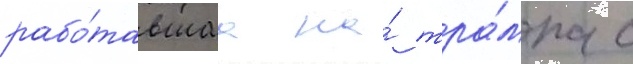
рабо́тавшаа на́ тра́мпа с